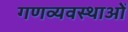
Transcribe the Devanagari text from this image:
गणव्यवस्थाओं